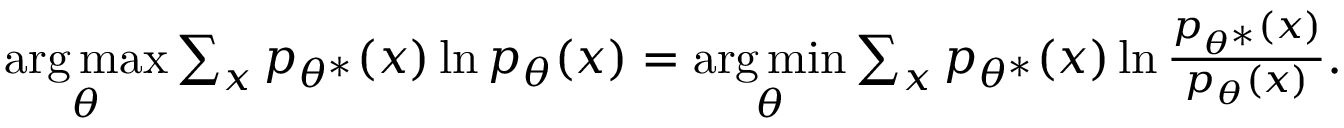
\begin{array} { r } { \underset { \theta } { \arg \operatorname* { m a x } } \sum _ { x } p _ { \theta ^ { * } } ( x ) \ln p _ { \theta } ( x ) = \underset { \theta } { \arg \operatorname* { m i n } } \sum _ { x } p _ { \theta ^ { * } } ( x ) \ln \frac { p _ { \theta ^ { * } } ( x ) } { p _ { \theta } ( x ) } . } \end{array}